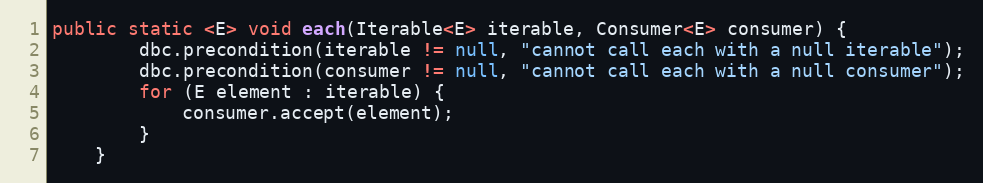
Language: Java
public static <E> void each(Iterable<E> iterable, Consumer<E> consumer) {
        dbc.precondition(iterable != null, "cannot call each with a null iterable");
        dbc.precondition(consumer != null, "cannot call each with a null consumer");
        for (E element : iterable) {
            consumer.accept(element);
        }
    }